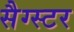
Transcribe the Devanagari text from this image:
सैग्स्टर